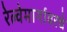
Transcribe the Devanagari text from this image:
रेल्वेमार्गावरचे